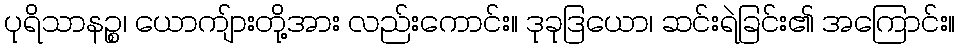
ပုရိသာနဉ္စ၊ ယောကျ်ားတို့အား လည်းကောင်း။ ဒုခုဒြယော၊ ဆင်းရဲခြင်း၏ အကြောင်း။